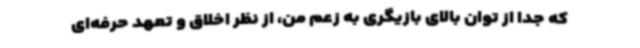
که جدا از توان بالای بازیگری به زعم من، از نظر اخلاق و تعهد حرفه‌ای